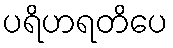
ပရိဟရတိပေ